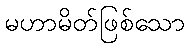
မဟာမိတ်ဖြစ်သော